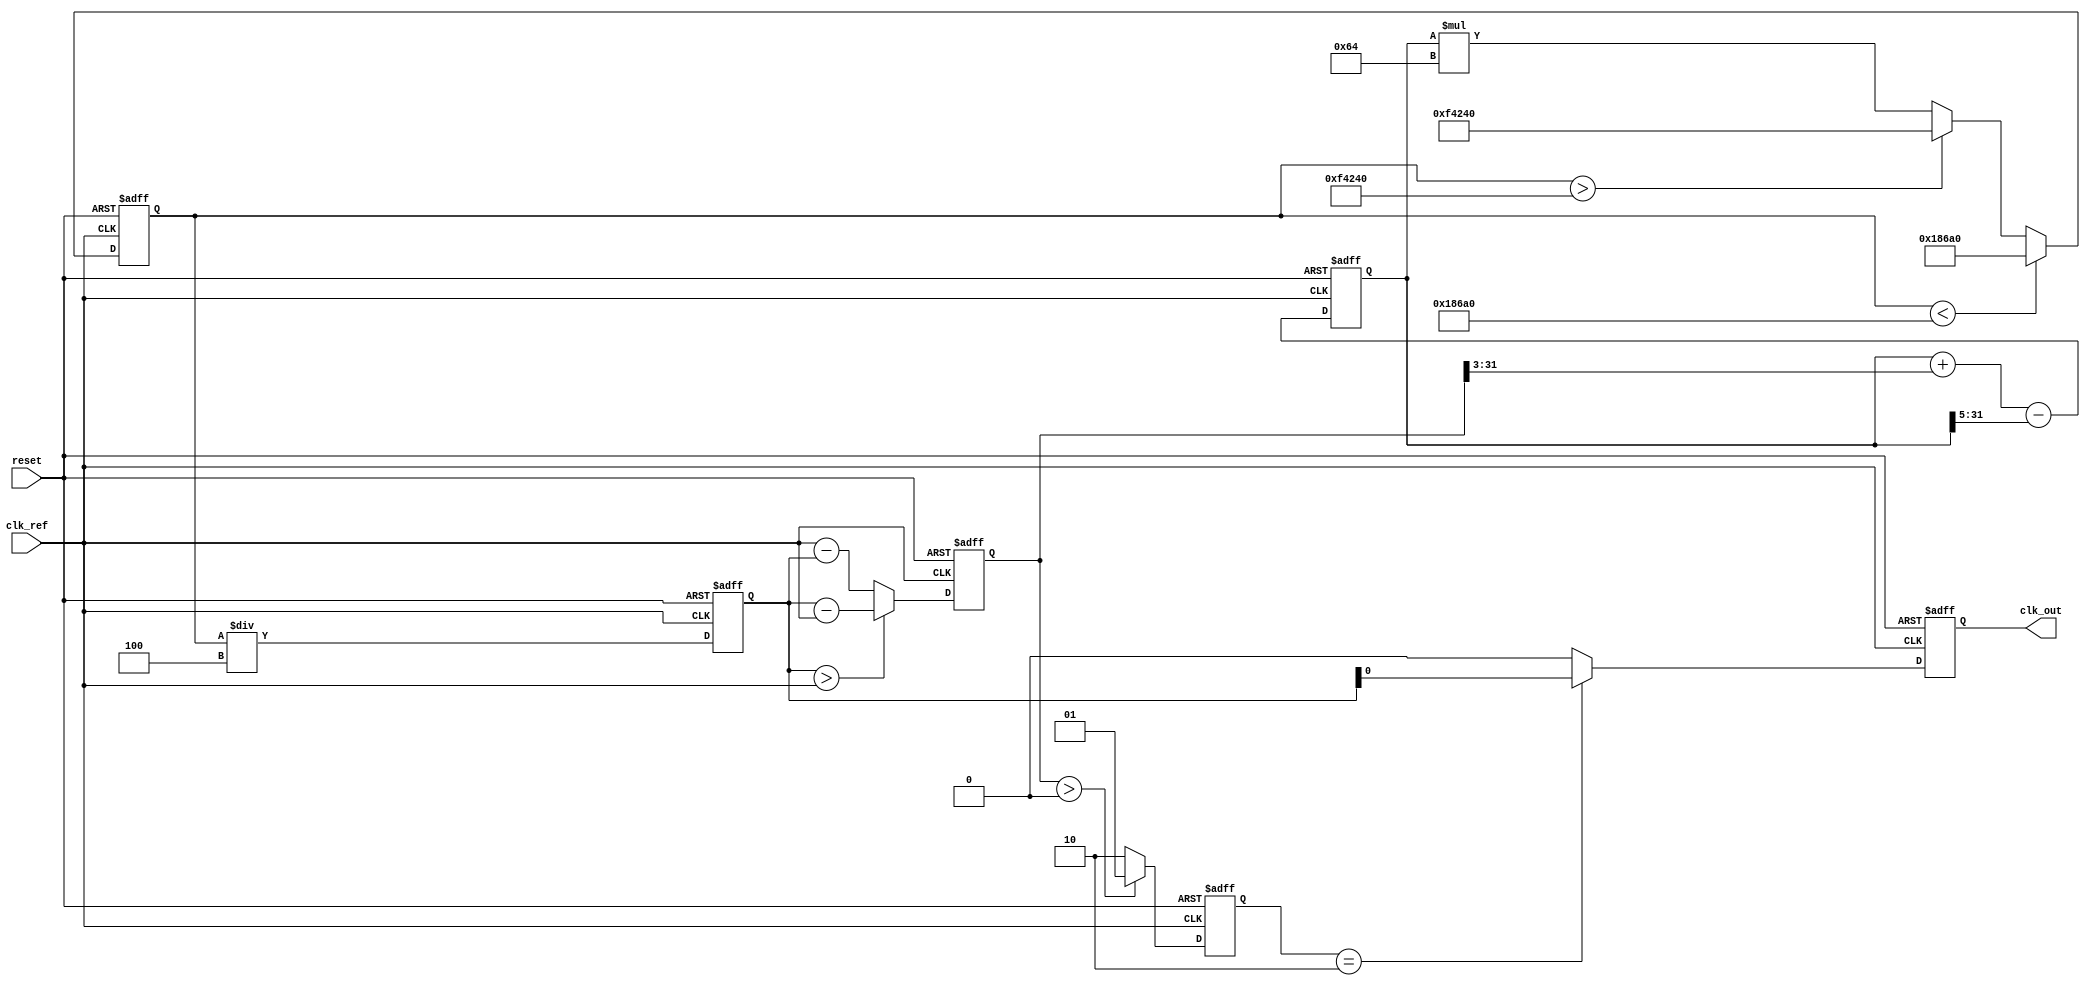
module parameterized_pll #(
    parameter INPUT_FREQ_MIN = 10_000, // Minimum input frequency in Hz
    parameter INPUT_FREQ_MAX = 100_000, // Maximum input frequency in Hz
    parameter OUTPUT_FREQ_MIN = 100_000, // Minimum output frequency in Hz
    parameter OUTPUT_FREQ_MAX = 1_000_000, // Maximum output frequency in Hz
    parameter FEEDBACK_DIV_RATIO = 4, // Feedback divider ratio
    parameter REFERENCE_DIV_RATIO = 1, // Reference divider ratio
    parameter VCO_GAIN = 100, // VCO sensitivity in Hz/V
    parameter LOOP_FILTER_TYPE = 1 // 0: first-order, 1: second-order
)(
    input wire clk_ref, // Reference clock input
    input wire reset,    // Reset signal
    output reg clk_out   // Output clock
);

// Parameters for internal signals
reg [1:0] state; // PLL states: 0 = unlocked, 1 = locking, 2 = locked
reg [31:0] phase_error; // Phase error from phase detector
reg [31:0] control_voltage; // Filtered control voltage for VCO
reg [31:0] vco_output; // VCO output frequency
reg [31:0] feedback_signal; // Feedback signal from divider

// Phase Detector (PD)
always @(posedge clk_ref or posedge reset) begin
    if (reset) begin
        phase_error <= 0;
        state <= 0;
    end else begin
        // Simplified phase comparison:
        // Calculate phase error based on some logic between clk_ref and feedback_signal
        phase_error <= (feedback_signal > clk_ref) ? feedback_signal - clk_ref : clk_ref - feedback_signal;

        // State transition logic
        if (phase_error > 0) begin
            state <= 1; // Indicate that PLL is in the locking phase
        end else begin
            state <= 2; // PLL is locked
        end
    end
end

// Low-Pass Filter (LPF)
always @(posedge clk_ref or posedge reset) begin
    if (reset) begin
        control_voltage <= 0;
    end else begin
        // Simple first-order LPF (could be expanded for second-order):
        if (LOOP_FILTER_TYPE == 0) begin
            control_voltage <= control_voltage + (phase_error >> 2) - (control_voltage >> 4);
        end else begin
            // Second-order LPF (not fully implemented)
            control_voltage <= control_voltage + (phase_error >> 3) - (control_voltage >> 5);
        end
    end
end

// Voltage-Controlled Oscillator (VCO)
always @(posedge clk_ref or posedge reset) begin
    if (reset) begin
        vco_output <= OUTPUT_FREQ_MIN;
    end else begin
        // Update VCO output frequency based on control voltage
        vco_output <= control_voltage * VCO_GAIN;
        // Ensure output frequency is within defined range
        if (vco_output < OUTPUT_FREQ_MIN) begin
            vco_output <= OUTPUT_FREQ_MIN;
        end else if (vco_output > OUTPUT_FREQ_MAX) begin
            vco_output <= OUTPUT_FREQ_MAX;
        end
    end
end

// Feedback Divider
always @(posedge clk_ref or posedge reset) begin
    if (reset) begin
        feedback_signal <= 0;
    end else begin
        // Create feedback signal by dividing VCO output
        feedback_signal <= vco_output / FEEDBACK_DIV_RATIO;
    end
end

// Output Clock Generation
always @(posedge clk_ref or posedge reset) begin
    if (reset) begin
        clk_out <= 0;
    end else begin
        // Output clock logic (simplified)
        clk_out <= (state == 2) ? feedback_signal : 0; // Output only when locked
    end
end

endmodule